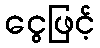
ငွေဖြင့်